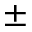
\pm